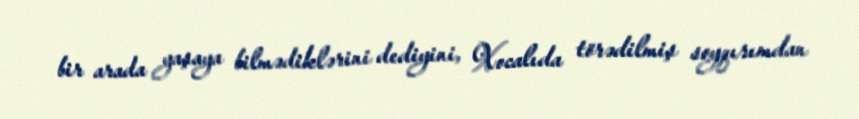
bir arada yaşaya bilmədiklərini dediyini, Xocalıda törədilmiş soyqırımdan